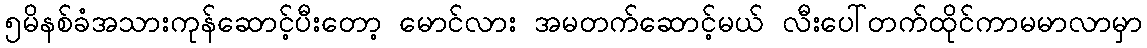
၅မိနစ်ခံအသားကုန်ဆောင့်ပီးတော့ မောင်လား အမတက်ဆောင့်မယ် လီးပေါ်တက်ထိုင်ကာမမာလာမှာ